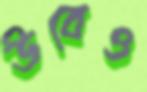
উবেও